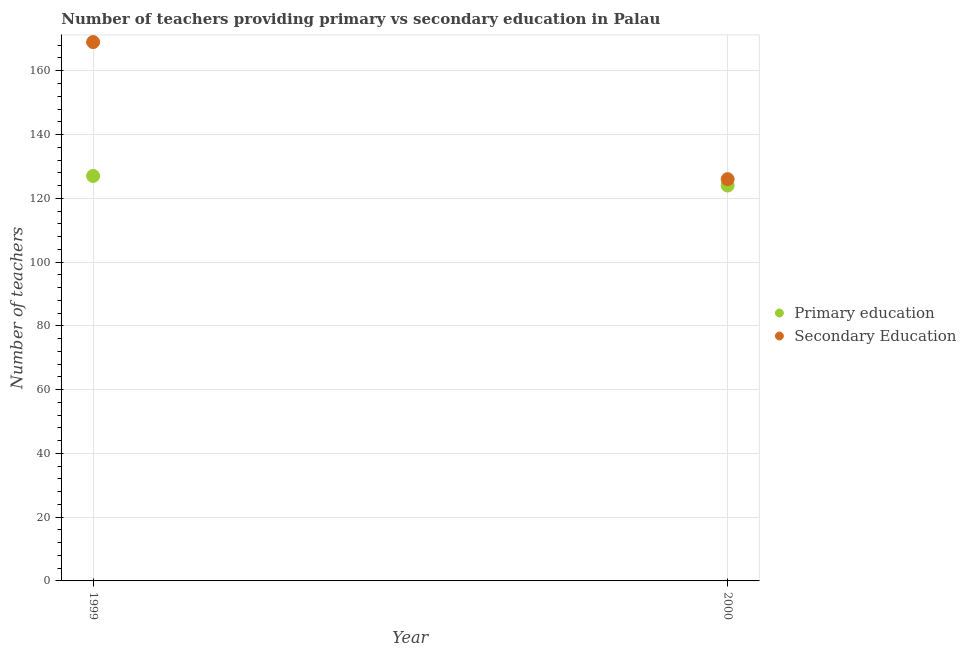
| Year | Primary education | Secondary Education |
 | --- | --- | --- |
 | 1999 | 127 | 169 |
 | 2000 | 124 | 126 |